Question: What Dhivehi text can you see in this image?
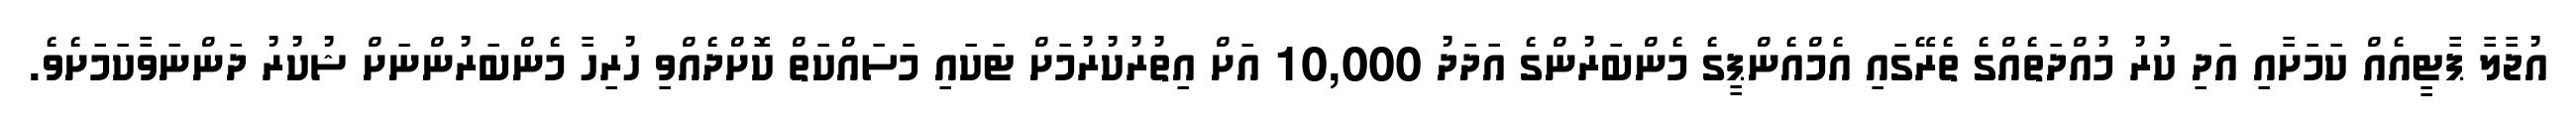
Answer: އުޖާލާ ޕާޓީއެއް ކަމަށާއި އަދި ކުރު މުއްދަތެއްގެ ތެރޭގައި އެމްއެންޕީގެ މެންބަރުންގެ އަދަދު 10,000 އަށް އިތުރުކުރުމަށް ޓަކައި މަސައްކަތް ކޮށްދެއްވި ހުރިހާ މެންބަރުންނަށް ޝުކުރު ދަންނަވާކަމަށެވެ.